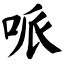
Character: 哌